Vaccination Hyderabad 1872-1889 - 1872-1889
Year: 1872
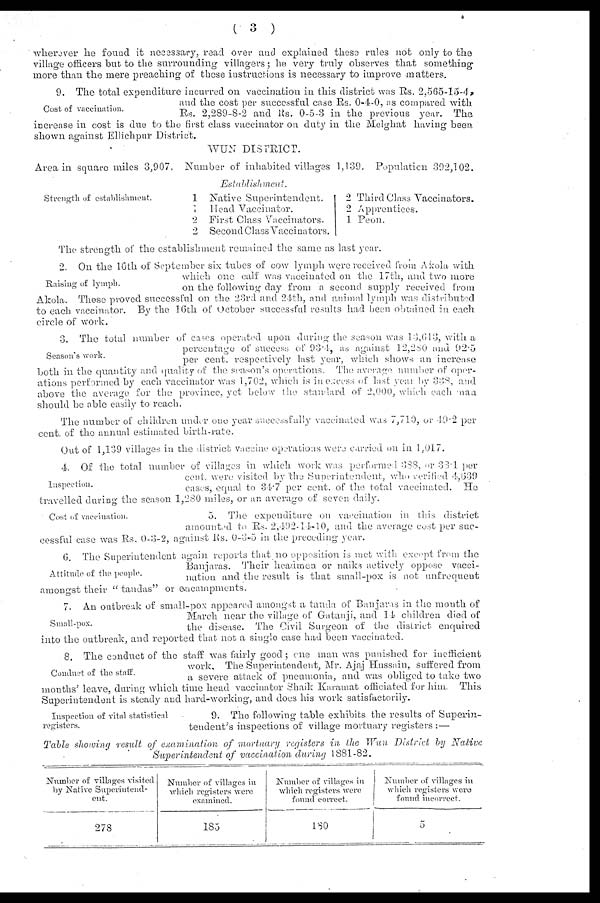
( 3 )
wherever he found it necessary, read over and explained these rules not only to the
village officers but to the surrounding villagers; he very truly observes that something
more than the mere preaching of these instructions is necessary to improve matters
Cost of vaccination.
9. The total expenditure incurred on vaccination in this district was Rs. 2,565-15-4,
and the cost per successful case Rs. 0-4-0, as compared with
Rs. 2,289-8-2 and Rs. 0-5-3 in the previous year. The
increase in cost is due to the first class vaccinator on duty in the Melghat having been
shown against Ellichpur District.
WUN DISTRICT.
Area in square miles 3,907. Number of inhabited villages 1,139. Population 392,102.
Strength of establishment.
Establishment.
1
1
2
2
Native Superintendent.
Head Vaccinator.
First Class Vaccinators.
Second Class Vaccinators.
2
2
1
Third Class Vaccinators.
Apprentices.
Peon.
The strength of the establishment remained the same as last year.
Raising of lymph.
2. On the 16th of September six tubes of cow lymph were received from Akola with
which one calf was vaccinated on the 17th, and two more
on the following day from a second supply received from
Akola. These proved successful on the 23rd and 24th, and animal lymph was distributed
to each vaccinator. By the 16th of October successful results had been obtained in each
circle of work.
Season's work.
3. The total number of cases operated upon during the season was 13,613, with a
percentage of success of 93.4, as against 12,280 and 92.5
per cent. respectively last year, which shows an increase
both in the quantity and quality of the season's operations. The average number of oper-
ations performed by each vaccinator was 1,702, which is in excess of last year by 338, and
above the average for the province, yet below the standard of 2,000, which each man
should be able easily to reach.
The number of children under one year successfully vaccinated was 7,710, or 49.2 per
cent. of the annual estimated birth-rate.
Out of 1,139 villages in the district vaccine operations were carried on in 1,017.
Inspection.
4. Of the total number of villages in which work was performed 388, or 33.1 per
cent. were visited by "the Superintendent, who verified 4,639
cases, equal to 34.7 per cent. of the total vaccinated.
He
travelled during the season 1,280 miles, or an average of seven daily.
Cost of vaccination.
5. The expenditure on vaccination in this district
amounted to Rs. 2,492-14-10, and the average cost per suc-
cessful case was Rs. 0-3-2, against Rs. 0-3-5 in the preccding year.
Attitude of the people.
6. The Superintendent again reports that no opposition is met with except from the
Banjaras. Their headmen or naiks actively oppose vacci-
nation and the result is that small-pox is not unfrequent
amongst their " tandas" or encampments.
Small-pox.
7. An outbreak of small-pox appeared amongst a tanda of Banjaras in the mouth of
March near the village of Gatanji, and 14 children died of
the disease. The Civil Surgeon of the district enquired
into the outbreak, and reported that not a single case had been vaccinated.
Conduct of the staff.
8. The conduct of the staff was fairly good; one man was punished for inefficient
work. The Superintendent, Mr. Ajaj Hussain, suffered from
a severe attack of pneumonia, and was obliged to take two
months' leave, during which time head vaccinator Shaik Karamat officiated for him. This
Superintendent is steady and hard-working, and does his work satisfactorily.
Inspection of vital statistical
registers.
9. The following table exhibits the results of Superin-
tendent's inspections of village mortuary registers :—
Table showing result of examination
of mortuary registers in the Wun District by Native
Superintendent
of vaccination during 1881-82.
Number of villages visited
by Native Superintend-
ent.
278
Number of villages in
which registers were
examined.
185
Number of villages in
which registers were
found correct.
180
Number of villages in
which registers were
found incorrect.
5